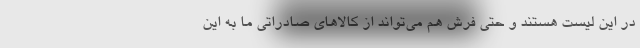
در این لیست هستند و حتی فرش هم می‌تواند از کالاهای صادراتی ما به این